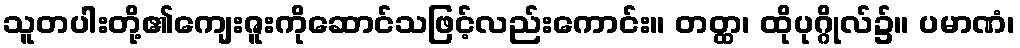
သူတပါးတို့၏ကျေးဇူးကိုဆောင်သဖြင့်လည်းကောင်း။ တတ္ထ၊ ထိုပုဂ္ဂိုလ်၌။ ပမာဏံ၊